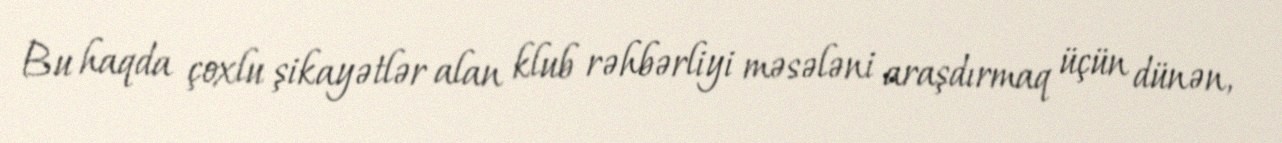
Bu haqda çoxlu şikayətlər alan klub rəhbərliyi məsələni araşdırmaq üçün dünən,